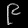
Digit: ၉